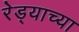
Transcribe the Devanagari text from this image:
रेड्याच्या